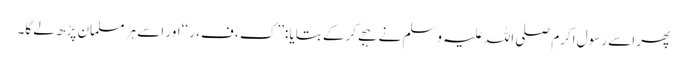
پھر اسے رسول اکرم صلی اللہ علیہ وسلم نے ہجے کرکے بتایا :’’ک ، ف، ر ‘‘اور اسے ہر مسلمان پڑھ لے گا۔